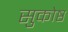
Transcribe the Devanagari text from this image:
सुकोष्ठ